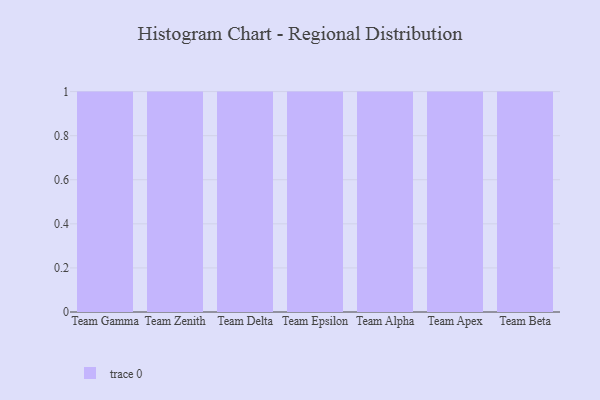
{"axis": {"x": "Team", "y": "Waste Production (Tons)"}, "legend": [""], "data": [{"x": "Team Gamma", "y": 23, "type": ""}, {"x": "Team Zenith", "y": 68, "type": ""}, {"x": "Team Delta", "y": 68, "type": ""}, {"x": "Team Epsilon", "y": 95, "type": ""}, {"x": "Team Alpha", "y": 95, "type": ""}, {"x": "Team Apex", "y": 18, "type": ""}, {"x": "Team Beta", "y": 59, "type": ""}]}